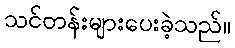
သင်တန်းများပေးခဲ့သည်။